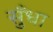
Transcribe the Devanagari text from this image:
सुँधा